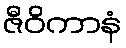
ဇီဝိကာနံ